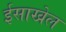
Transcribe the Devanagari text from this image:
ईसाखेल